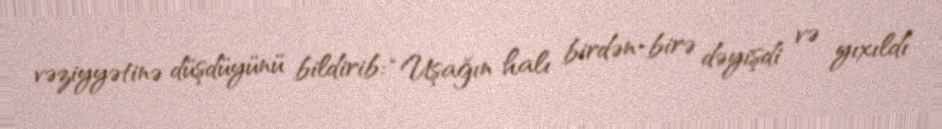
vəziyyətinə düşdüyünü bildirib: “Uşağın halı birdən-birə dəyişdi və yıxıldı